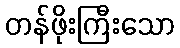
တန်ဖိုးကြီးသော